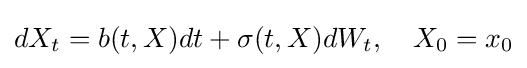
dX_{t}=b(t,X)dt+\sigma (t,X)dW_{t},\quad X_{0}=x_{0}